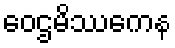
ဝေဌမိဿကေန